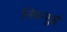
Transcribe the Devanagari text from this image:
लियन्शुई